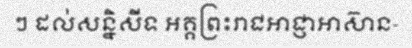
ៗ ដល់សន្និសីទ អគ្គព្រះរាជអាជ្ញាអាស៊ាន-